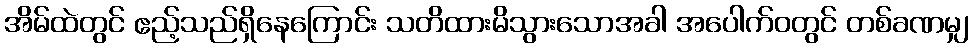
အိမ်ထဲတွင် ဧည့်သည်ရှိနေကြောင်း သတိထားမိသွားသောအခါ အပေါက်ဝတွင် တစ်ခဏမျှ